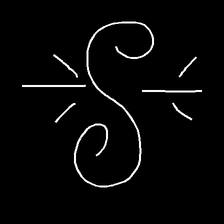
Glyph: wind-directs-air